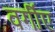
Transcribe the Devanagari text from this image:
वर्गीए